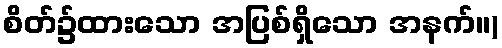
စိတ်၌ထားသော အပြစ်ရှိသော အနက်။)